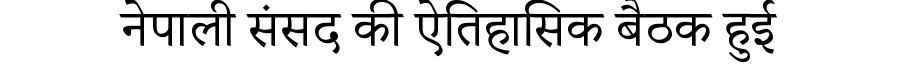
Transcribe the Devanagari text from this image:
नेपाली संसद की ऐतिहासिक बैठक हुई